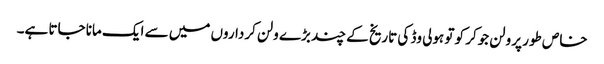
خاص طور پر ولن جوکر کو تو ہولی وڈ کی تاریخ کے چند بڑے ولن کرداروں میں سے ایک مانا جاتا ہے۔